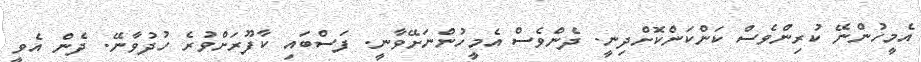
އެމީހުންނޭ ކުރިންވެސް ކަންކަންކޮށްދިނީ. ދެންވެސް އެމީހުންނަށޭވާނީ. ފަސްބައި ކާފޫރަށްވުރެ ހުދުވާނޭ. ދެން އެވީ